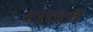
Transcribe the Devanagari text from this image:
धम्मे